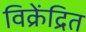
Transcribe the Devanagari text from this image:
विक्रेंद्रित